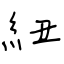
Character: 紐